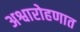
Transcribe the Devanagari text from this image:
अश्वारोहणात